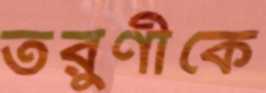
তরুণীকে